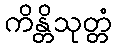
ကိန္တိသုတ္တံ